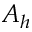
A _ { h }